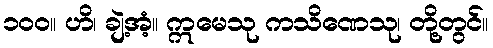
၁၀၀။ ဟိ၊ ချဲ့အံ့။ ဣမေသု ကသိဏေသု၊ တို့တွင်။